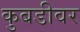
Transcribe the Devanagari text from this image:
कुबडीवर